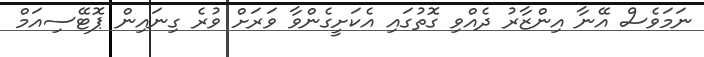
ނަމަވެސް އޭނާ އިންޒާރު ދެއްވި ގޮތުގައި އެކަށީގެންވާ ވަރަށް ވުރެ ގިނައިން ޕޮޓޭސިއަމް